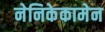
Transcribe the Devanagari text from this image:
नेनिकेकामेन